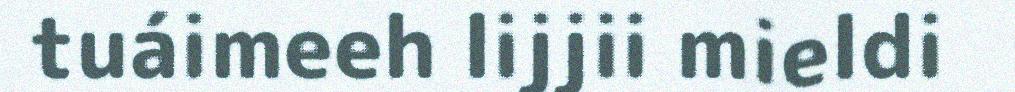
tuáimeeh lijjii mieldi